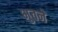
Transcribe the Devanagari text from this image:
भुवने